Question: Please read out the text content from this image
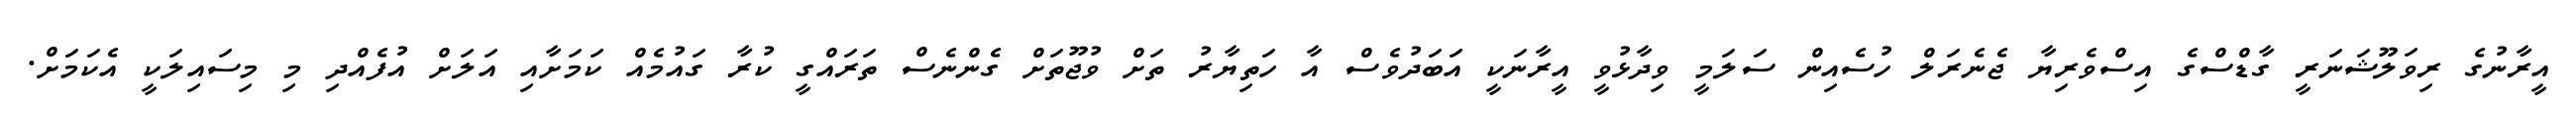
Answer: އީރާނުގެ ރިވަލޫޝަނަރީ ގާޑްސްގެ އިސްވެރިޔާ ޖެނެރަލް ހުސެއިން ސަލަމީ ވިދާޅުވީ އީރާނަކީ އަބަދުވެސް އާ ހަތިޔާރު ތަށް ވުޖޫތަށް ގެންނެސް ތަރައްގީ ކުރާ ގައުމެއް ކަމަށާއި އަލަށް އުފެއްދި މި މިސައިލަކީ އެކަމަށް.